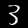
Digit: 3